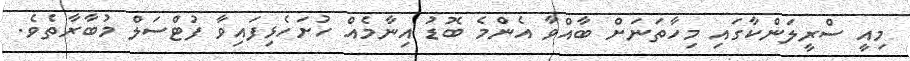
މިއީ ސްރީލަންކާގައި މިހާތަނަށް ބާއްވާ އެންމެ ބޮޑު އިނާމެއް ހުށަހެޅިފައިވާ ފުޓްސަލް މުބާރާތެވެ.